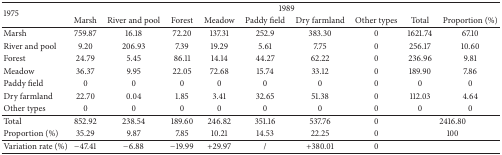
| <ROWSPAN=2> 1975 | <COLSPAN=9> 1989 |
 | Marsh | River and pool | Forest | Meadow | Paddy field | Dry farmland | Other types | Total | Proportion (%) |
 | --- | --- | --- | --- | --- | --- | --- | --- | --- | --- |
 | Marsh | 759.87 | 16.18 | 72.20 | 137.31 | 252.9 | 383.30 | 0 | 1621.74 | 67.10 |
 | River and pool | 9.20 | 206.93 | 7.39 | 19.29 | 5.61 | 7.75 | 0 | 256.17 | 10.60 |
 | Forest | 24.79 | 5.45 | 86.11 | 14.14 | 44.27 | 62.22 | 0 | 236.96 | 9.81 |
 | Meadow | 36.37 | 9.95 | 22.05 | 72.68 | 15.74 | 33.12 | 0 | 189.90 | 7.86 |
 | Paddy field | 0 | 0 | 0 | 0 | 0 | 0 | 0 | 0 | 0 |
 | Dry farmland | 22.70 | 0.04 | 1.85 | 3.41 | 32.65 | 51.38 | 0 | 112.03 | 4.64 |
 | Other types | 0 | 0 | 0 | 0 | 0 | 0 | 0 | 0 | 0 |
 | Total | 852.92 | 238.54 | 189.60 | 246.82 | 351.16 | 537.76 | 0 | <COLSPAN=2> 2416.80 |
 | Proportion (%) | 35.29 | 9.87 | 7.85 | 10.21 | 14.53 | 22.25 | 0 | <COLSPAN=2> 100 |
 | Variation rate (%) | −47.41 | −6.88 | −19.99 | +29.97 | / | +380.01 | 0 |  |  |